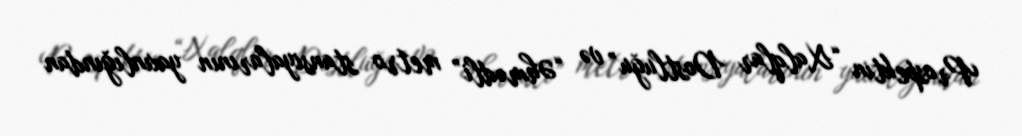
Prospektin “Xalqlar Dostluğu” və “Əhmədli” metro stansiyalarının yaxınlığından